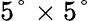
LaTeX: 5°\times 5°